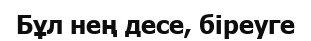
Бұл нең десе, біреуге